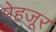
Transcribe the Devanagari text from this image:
मेहजूर